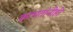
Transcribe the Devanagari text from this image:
कामतांनीही